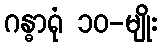
ဂန္ဓာရုံ ၁၀-မျိုး